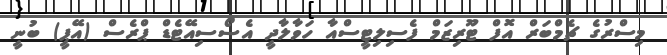
މިސްރުގެ ޗެމްބަރް އޮފް ޓޫރިޒަމް ފެސިލިޓީސްއާ ހަވާލާދީ އެސޯސިއޭޓެޑް ޕްރެސް (އޭޕީ) ބުނީ